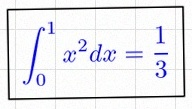
\int_0^1 x^2dx=\frac13